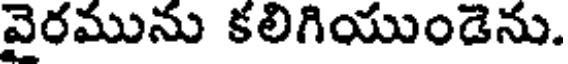
వైరమును కలిగియుండెను.